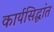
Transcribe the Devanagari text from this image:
कार्यसिद्धांत